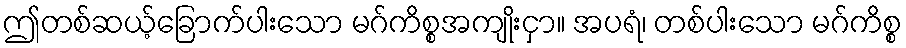
ဤတစ်ဆယ့်ခြောက်ပါးသော မဂ်ကိစ္စအကျိုးငှာ။ အပရံ၊ တစ်ပါးသော မဂ်ကိစ္စ